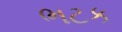
ભટક